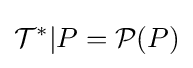
{\mathcal {T}}^{*}|P={\mathcal {P}}(P)